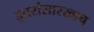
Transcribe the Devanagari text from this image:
इतरांसारखाच